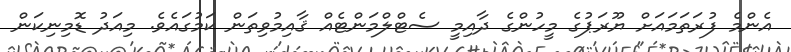
އެންމެ ފުރަތަމައަށް ޔޫރަޕުގެ މީހުންގެ ދާއިމީ ސެޓްލްމަންޓެއް ޤާއިމުވިތަން ކަމުގައެވެ. މިއަދު ޑޮމިނިކަން